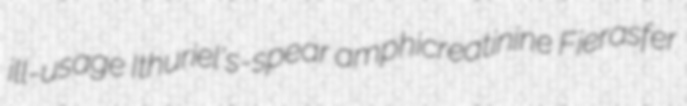
ill-usage Ithuriel's-spear amphicreatinine Fierasfer